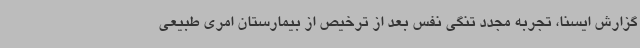
گزارش ایسنا، تجربه مجدد تنگی نفس بعد از ترخیص از بیمارستان امری طبیعی